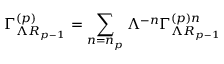
\Gamma _ { \Lambda R _ { p - 1 } } ^ { \left( p \right) } = \sum _ { n = n _ { p } } \Lambda ^ { - n } \Gamma _ { \Lambda R _ { p - 1 } } ^ { \left( p \right) n }